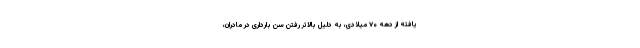
یافته از دهه ۷۰ میلادی، به دلیل بالاتر رفتن سن بارداری در مادران،